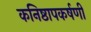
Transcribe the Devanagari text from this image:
कनिष्ठापकर्षणी